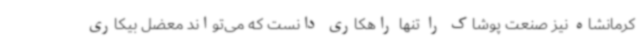
کرمانشاه نیز صنعت پوشاک را تنها راهکاری دانست که می‌تواند معضل بیکاری